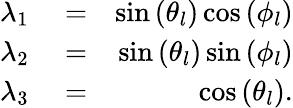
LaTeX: \begin{array}{rlr}{\lambda_{1}}&{{}=}&{\sin\left(\theta_{l}\right)\cos\left(\phi_{l}\right)}\\ {\lambda_{2}}&{{}=}&{\sin\left(\theta_{l}\right)\sin\left(\phi_{l}\right)}\\ {\lambda_{3}}&{{}=}&{\cos\left(\theta_{l}\right).}\end{array}